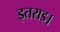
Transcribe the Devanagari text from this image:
इतराइ।